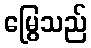
မြွေသည်